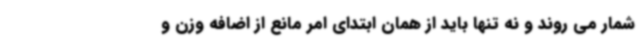
شمار می روند و نه تنها باید از همان ابتدای امر مانع از اضافه وزن و